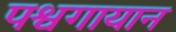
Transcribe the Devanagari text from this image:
पश्वगायान